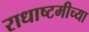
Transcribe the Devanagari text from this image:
राधाष्टमीच्या